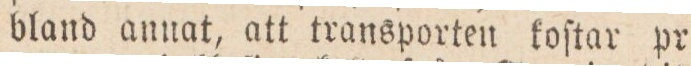
bland annat, att transporten koſtar pr